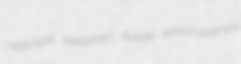
neallotype kataplasia duddle quenchableness